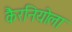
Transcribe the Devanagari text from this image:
कैरनियोला